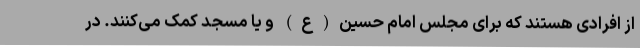
از افرادی هستند که برای مجلس امام حسین(ع) و یا مسجد کمک می‌کنند. در